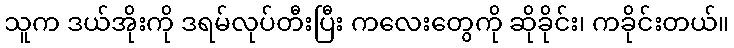
သူက ဒယ်အိုးကို ဒရမ်လုပ်တီးပြီး ကလေးတွေကို ဆိုခိုင်း၊ ကခိုင်းတယ်။